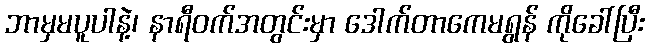
ဘာမှမပူပါနဲ့၊ နာရီဝက်အတွင်းမှာ ဒေါက်တာကေမရွန် ကိုခေါ်ပြီး